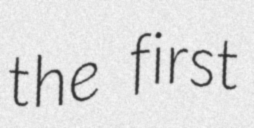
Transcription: the first